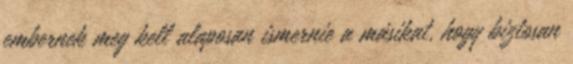
embernek meg kell alaposan ismernie a másikat, hogy biztosan